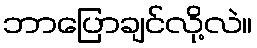
ဘာပြောချင်လို့လဲ။